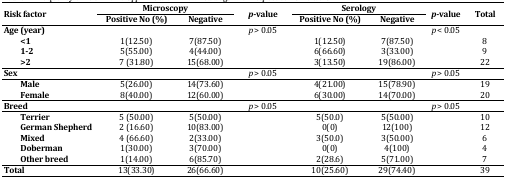
<table><thead><tr><td rowspan="2"><b>Risk factor</b></td><td colspan="2"><b>Microscopy</b></td><td rowspan="2"><b><i>p</i>-value</b></td><td colspan="2"><b>Serology</b></td><td rowspan="2"><b><i>p</i>-value</b></td><td rowspan="2"><b>Total</b></td></tr><tr><td><b>Positive No (%)</b></td><td><b>Negative</b></td><td><b>Positive No (%)</b></td><td><b>Negative</b></td></tr></thead><tbody><tr><td><b>Age (year)</b></td><td></td><td></td><td><i>p </i>&gt; 0.05</td><td></td><td></td><td><i>p</i> &lt; 0.05</td><td></td></tr><tr><td><b>&lt;1</b></td><td>1(12.50)</td><td>7(87.50)</td><td></td><td>1(12.50)</td><td>7(87.50)</td><td></td><td>8</td></tr><tr><td><b>1-2</b></td><td>5(55.00)</td><td>4(44.00)</td><td></td><td>6(66.60)</td><td>3(33.00)</td><td></td><td>9</td></tr><tr><td><b>&gt;2</b></td><td>7 (31.80)</td><td>15(68.00)</td><td></td><td>3(13.50)</td><td>19(86.00)</td><td></td><td>22</td></tr><tr><td><b>Sex</b></td><td></td><td></td><td><i>p</i> &gt; 0.05</td><td></td><td></td><td><i>p</i> &gt; 0.05</td><td></td></tr><tr><td><b>Male</b></td><td>5(26.00)</td><td>14(73.60)</td><td></td><td>4(21.00)</td><td>15(78.90)</td><td></td><td>19</td></tr><tr><td><b>Female</b></td><td>8(40.00)</td><td>12(60.00)</td><td></td><td>6(30.00)</td><td>14(70.00)</td><td></td><td>20</td></tr><tr><td><b>Breed</b></td><td></td><td></td><td><i>p</i> &gt; 0.05</td><td></td><td></td><td><i>p</i> &gt; 0.05</td><td></td></tr><tr><td><b>Terrier</b></td><td>5 (50.00)</td><td>5(50.00)</td><td></td><td>5(50.0) </td><td>5(50.00)</td><td></td><td>10</td></tr><tr><td><b>GermanShepherd</b></td><td>2 (16.60)</td><td>10(83.00)</td><td></td><td>0(0)</td><td>12(100)</td><td></td><td>12</td></tr><tr><td><b>Mixed</b></td><td>4 (66.60)</td><td>2(33.00)</td><td></td><td>3(50.0)</td><td>3(50.00)</td><td></td><td>6</td></tr><tr><td><b>Doberman</b></td><td>1(30.00)</td><td>3(70.00)</td><td></td><td>0(0)</td><td>4(100)</td><td></td><td>4</td></tr><tr><td><b>Other breed</b></td><td>1(14.00)</td><td>6(85.70)</td><td></td><td>2(28.6)</td><td>5(71.00)</td><td></td><td>7</td></tr></tbody></table>